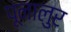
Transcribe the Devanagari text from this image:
पूनालुर